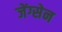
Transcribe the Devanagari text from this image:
जेंग्सेन